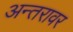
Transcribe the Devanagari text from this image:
अन्तरावर